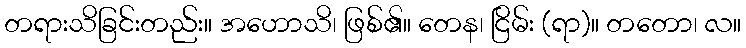
တရားသိခြင်းတည်း။ အဟောသိ၊ ဖြစ်၏။ တေန၊ ငြိမ်း (ရာ)။ တတော၊ လ။